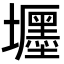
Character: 壥